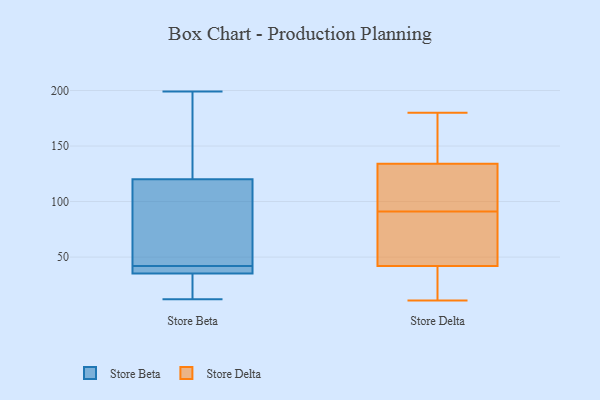
{"axis": {"x": "Budget (USD K)", "y": "Value"}, "legend": ["Store Beta", "Store Delta"], "data": [{"x": "", "y": 154, "type": "Store Beta"}, {"x": "", "y": 34, "type": "Store Beta"}, {"x": "", "y": 181, "type": "Store Beta"}, {"x": "", "y": 12, "type": "Store Beta"}, {"x": "", "y": 199, "type": "Store Beta"}, {"x": "", "y": 39, "type": "Store Beta"}, {"x": "", "y": 31, "type": "Store Beta"}, {"x": "", "y": 66, "type": "Store Beta"}, {"x": "", "y": 25, "type": "Store Beta"}, {"x": "", "y": 41, "type": "Store Beta"}, {"x": "", "y": 43, "type": "Store Beta"}, {"x": "", "y": 40, "type": "Store Beta"}, {"x": "", "y": 114, "type": "Store Beta"}, {"x": "", "y": 42, "type": "Store Beta"}, {"x": "", "y": 122, "type": "Store Beta"}, {"x": "", "y": 31, "type": "Store Delta"}, {"x": "", "y": 82, "type": "Store Delta"}, {"x": "", "y": 175, "type": "Store Delta"}, {"x": "", "y": 100, "type": "Store Delta"}, {"x": "", "y": 14, "type": "Store Delta"}, {"x": "", "y": 180, "type": "Store Delta"}, {"x": "", "y": 76, "type": "Store Delta"}, {"x": "", "y": 148, "type": "Store Delta"}, {"x": "", "y": 104, "type": "Store Delta"}, {"x": "", "y": 168, "type": "Store Delta"}, {"x": "", "y": 11, "type": "Store Delta"}, {"x": "", "y": 26, "type": "Store Delta"}, {"x": "", "y": 120, "type": "Store Delta"}, {"x": "", "y": 53, "type": "Store Delta"}, {"x": "", "y": 76, "type": "Store Delta"}, {"x": "", "y": 120, "type": "Store Delta"}]}